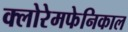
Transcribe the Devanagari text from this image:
क्लोरेमफेनिकाल